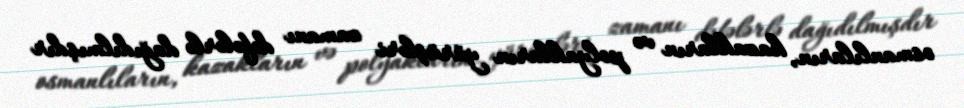
osmanlıların, kazakların və polyakların yürüşləri zamanı dəfələrlə dağıdılmışdır